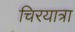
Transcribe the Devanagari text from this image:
चिरयात्रा